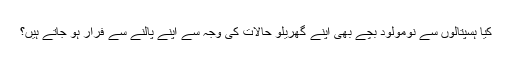
کیا ہسپتالوں سے نومولود بچے بھی اپنے گھریلو حالات کی وجہ سے اپنے پالنے سے فرار ہو جاتے ہیں؟